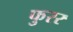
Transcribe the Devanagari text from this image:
फुरर